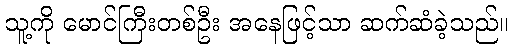
သူ့ကို မောင်ကြီးတစ်ဦး အနေဖြင့်သာ ဆက်ဆံခဲ့သည်။